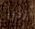
إذن